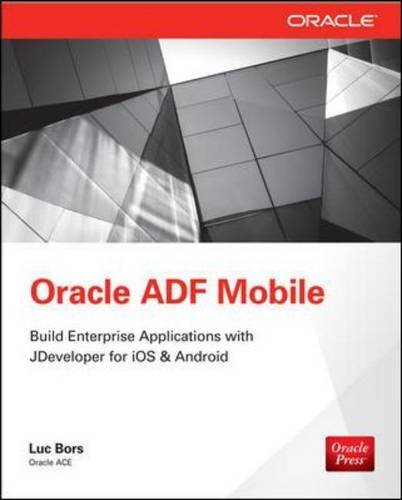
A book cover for Oracle Mobile Application Framework Developer Guide: Build Multiplatform Enterprise Mobile Apps; Luc Bors; Computers & Technology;